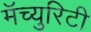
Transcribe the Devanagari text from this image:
मॅच्युरिटी